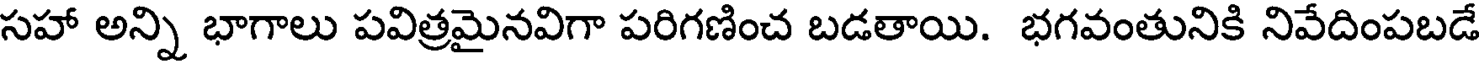
సహా అన్ని భాగాలు పవిత్రమైనవిగా పరిగణించ బడతాయి. భగవంతునికి నివేదింపబడే